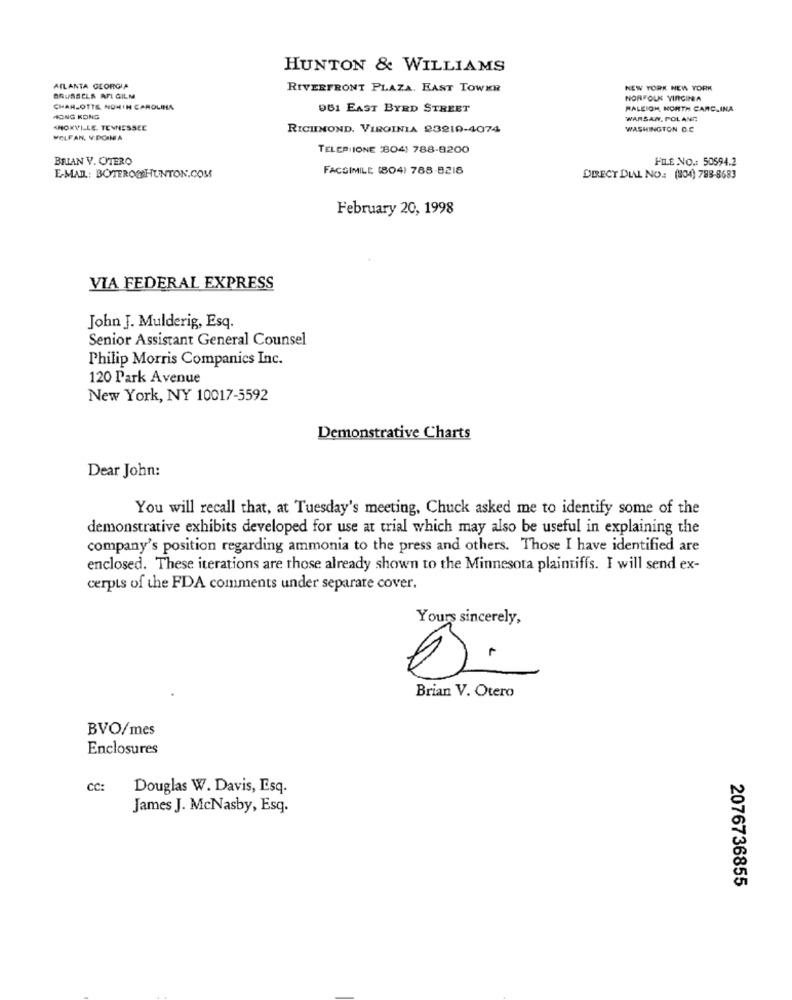
HUNTON & WILLIAMS
ATLANTA GEORGIA
RIVERFRONT PLAZA. EAST TOWER
NEW YORK NEW YORK
BRUSSELS AFI GILM
NORFOLK VIRGINA
CHARLOTTE NORTH CAROLINA
051 EAST BYRD STREET
RALEIGH, NORTH CARC.INA
HONG KONG
WARSAW, POLAND
KNOXVILLE, TENNESSEE
RICHMOND, VIRGINIA 23210-4074
WASHINGTON D.C
MELFAN. V.POIMA
TELEPIIONE 804) 788-8200
BRIAN V. OTERO
FILE NO .: 50594.2
FACSIMILE (804) 788-8218
E-MAIL: BOTEROCHUNTON.COM
DIRECT DIAL NO .: (804) 788-8683
February 20, 1998
VIA FEDERAL EXPRESS
John J. Mulderig, Esq.
Senior Assistant General Counsel
Philip Morris Companies Inc.
120 Park Avenue
New York, NY 10017-5592
Demonstrative Charts
Dear John:
You will recall that, at Tuesday's meeting, Chuck asked me to identify some of the
demonstrative exhibits developed for use at trial which may also be useful in explaining the
company's position regarding ammonia to the press and others. Those I have identified are
enclosed. These iterations are those already shown to the Minnesota plaintiffs. I will send ex-
cerpts of the FDA comments under separate cover.
Yours sincerely,
Brian V. Otero
BVO/mes
Enclosures
CC:
Douglas W. Davis, Esq.
James J. McNasby, Esq.
2076736855